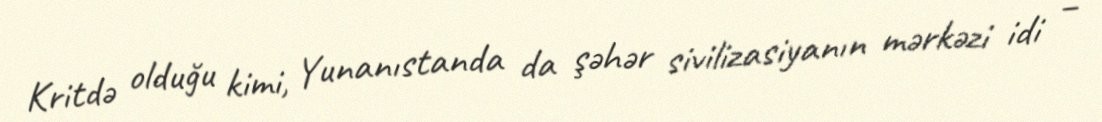
Kritdə olduğu kimi, Yunanıstanda da şəhər sivilizasiyanın mərkəzi idi –